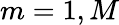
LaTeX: m=1,M